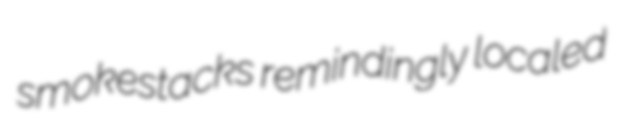
smokestacks remindingly localed